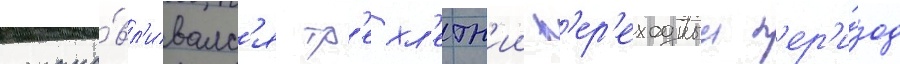
устана́вл'ивалс'я тр'ехл'етн'ии п'ер'еходныи п'ер'и́од